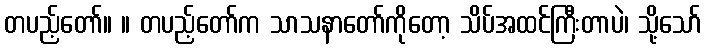
တပည့်တော်။ ။ တပည့်တော်က သာသနာတော်ကိုတော့ သိပ်အထင်ကြီးတာပဲ၊ သို့သော်